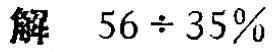
解 \(56\div 35\%\)